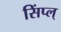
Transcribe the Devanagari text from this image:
सिंप्ल्